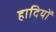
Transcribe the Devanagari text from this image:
हादियों